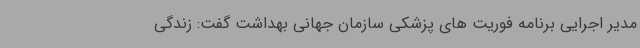
مدیر اجرایی برنامه فوریت های پزشکی سازمان جهانی بهداشت گفت: زندگی